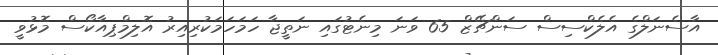
އާސެނަލްގެ އެލެކްސިސް ސަންޗޭޒް 65 ވަނަ މިނެޓުގައި ނަތީޖާ ހަމަހަމަކުރިއިރު އޮލިމްޕިއާކޯސް މޮޅުވީ